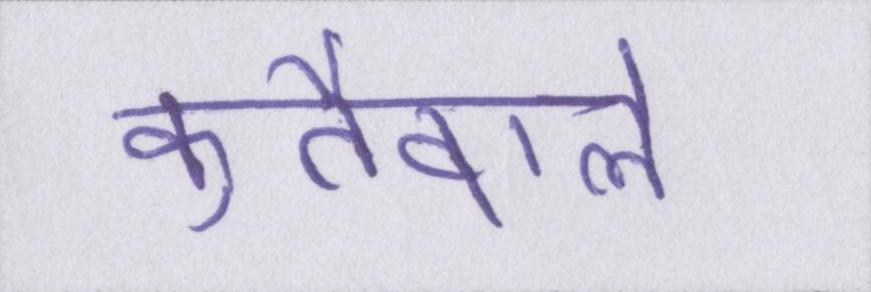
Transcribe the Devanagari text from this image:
कुर्तेवाले